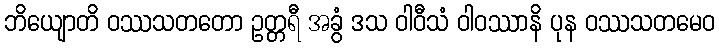
ဘိယျောတိ ဝဿသတတော ဥတ္တရီ အခွံ ဒသ ဝါဝီသံ ဝါဝဿာနိ ပုန ဝဿသတမေဝ